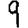
Digit: 9